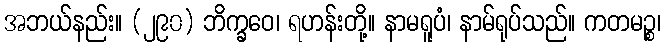
အဘယ်နည်း။ (၂၉၀) ဘိက္ခဝေ၊ ရဟန်းတို့။ နာမရူပံ၊ နာမ်ရုပ်သည်။ ကတမဉ္စ၊